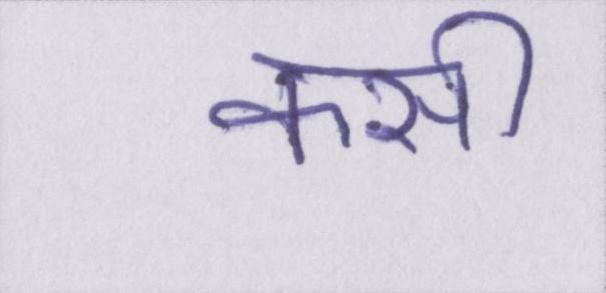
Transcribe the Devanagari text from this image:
कसी